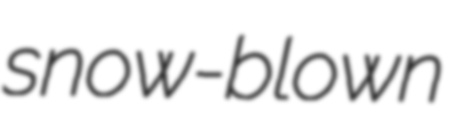
snow-blown